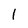
Character: 1